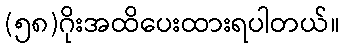
(၅၈)ဂိုးအထိပေးထားရပါတယ်။